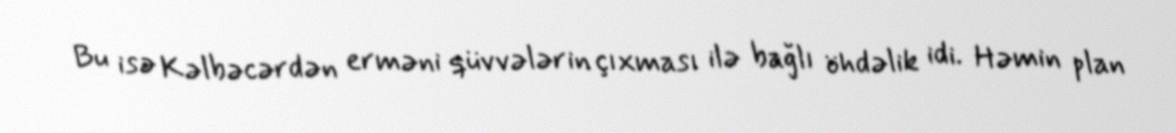
Bu isə Kəlbəcərdən erməni qüvvələrin çıxması ilə bağlı öhdəlik idi. Həmin plan